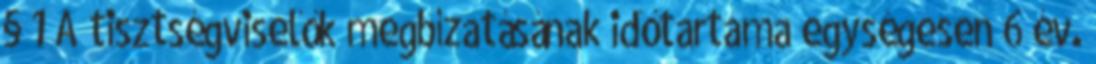
§ 1 A tisztségviselők megbízatásának időtartama egységesen 6 év.